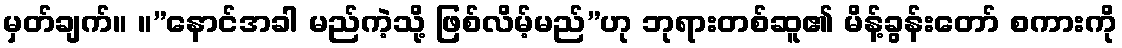
မှတ်ချက်။ ။”နောင်အခါ မည်ကဲ့သို့ ဖြစ်လိမ့်မည်”ဟု ဘုရားတစ်ဆူ၏ မိန့်ခွန်းတော် စကားကို